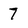
Character: 7